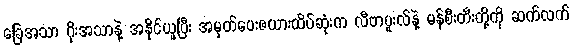
ခြေအသာ ဂိုးအသာနဲ့ အနိုင်ယူပြီး အမှတ်ပေးဇယားထိပ်ဆုံးက လီဗာပူးလ်နဲ့ မန်စီးတီးတို့ကို ဆက်လက်